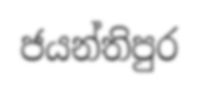
ජයන්තිපුර